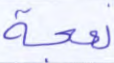
نعجة